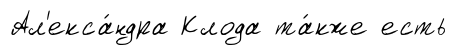
Ал'екса́ндра Клода та́кже есть